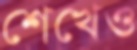
শেখেও